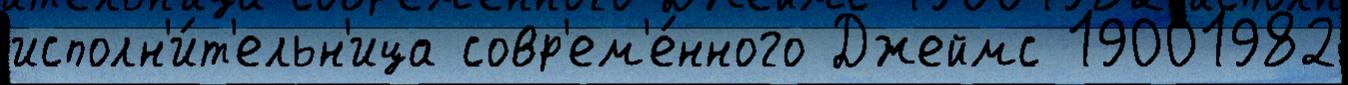
исполн'и́т'ельн'ица совр'ем'е́нного Джеймс 19001982